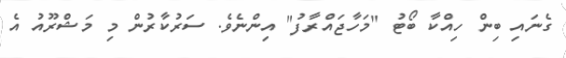
ގެނައި ބިން ހިއްކާ ބޯޓު "މަހާޖައްރާފު" އިންނެވެ. ސަރުކާރުން މި މަޝްރޫއު އެ